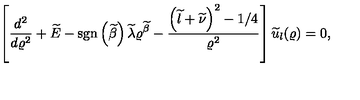
\left[ \frac { d ^ { 2 } } { d \varrho ^ { 2 } } + \widetilde { E } - \mathrm { s g n } \left( \widetilde { \beta } \right) \widetilde { \lambda } \varrho ^ { \widetilde { \beta } } - \frac { \left( \widetilde { l } + \widetilde { \nu } \right) ^ { 2 } - 1 / 4 } { \varrho ^ { 2 } } \right] \widetilde { u } _ { l } ( \varrho ) = 0 ,